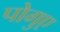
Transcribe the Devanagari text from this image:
पोगुए